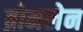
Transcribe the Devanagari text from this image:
ब्रोमलेन